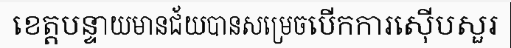
ខេត្តបន្ទាយមានជ័យបានសម្រេចបើកការស៊ើបសួរ